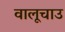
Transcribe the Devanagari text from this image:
वालूचाउ